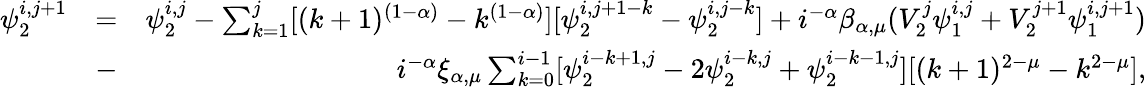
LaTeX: \begin{array}{rlr}{\psi_{2}^{i,j+1}}&{=}&{\psi_{2}^{i,j}-\sum_{k=1}^{j}[(k+1)^{(1-\alpha)}-k^{(1-\alpha)}][\psi_{2}^{i,j+1-k}-\psi_{2}^{i,j-k}]+i^{-\alpha}\beta_{\alpha,\mu}(V_{2}^{j}\psi_{1}^{i,j}+V_{2}^{j+1}\psi_{1}^{i,j+1})}\\ &{-}&{i^{-\alpha}\xi_{\alpha,\mu}\sum_{k=0}^{i-1}[\psi_{2}^{i-k+1,j}-2\psi_{2}^{i-k,j}+\psi_{2}^{i-k-1,j}][(k+1)^{2-\mu}-k^{2-\mu}],}\end{array}